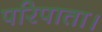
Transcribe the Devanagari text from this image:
परिपाता।